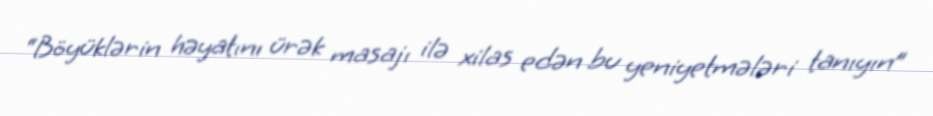
“Böyüklərin həyatını ürək masajı ilə xilas edən bu yeniyetmələri tanıyın”